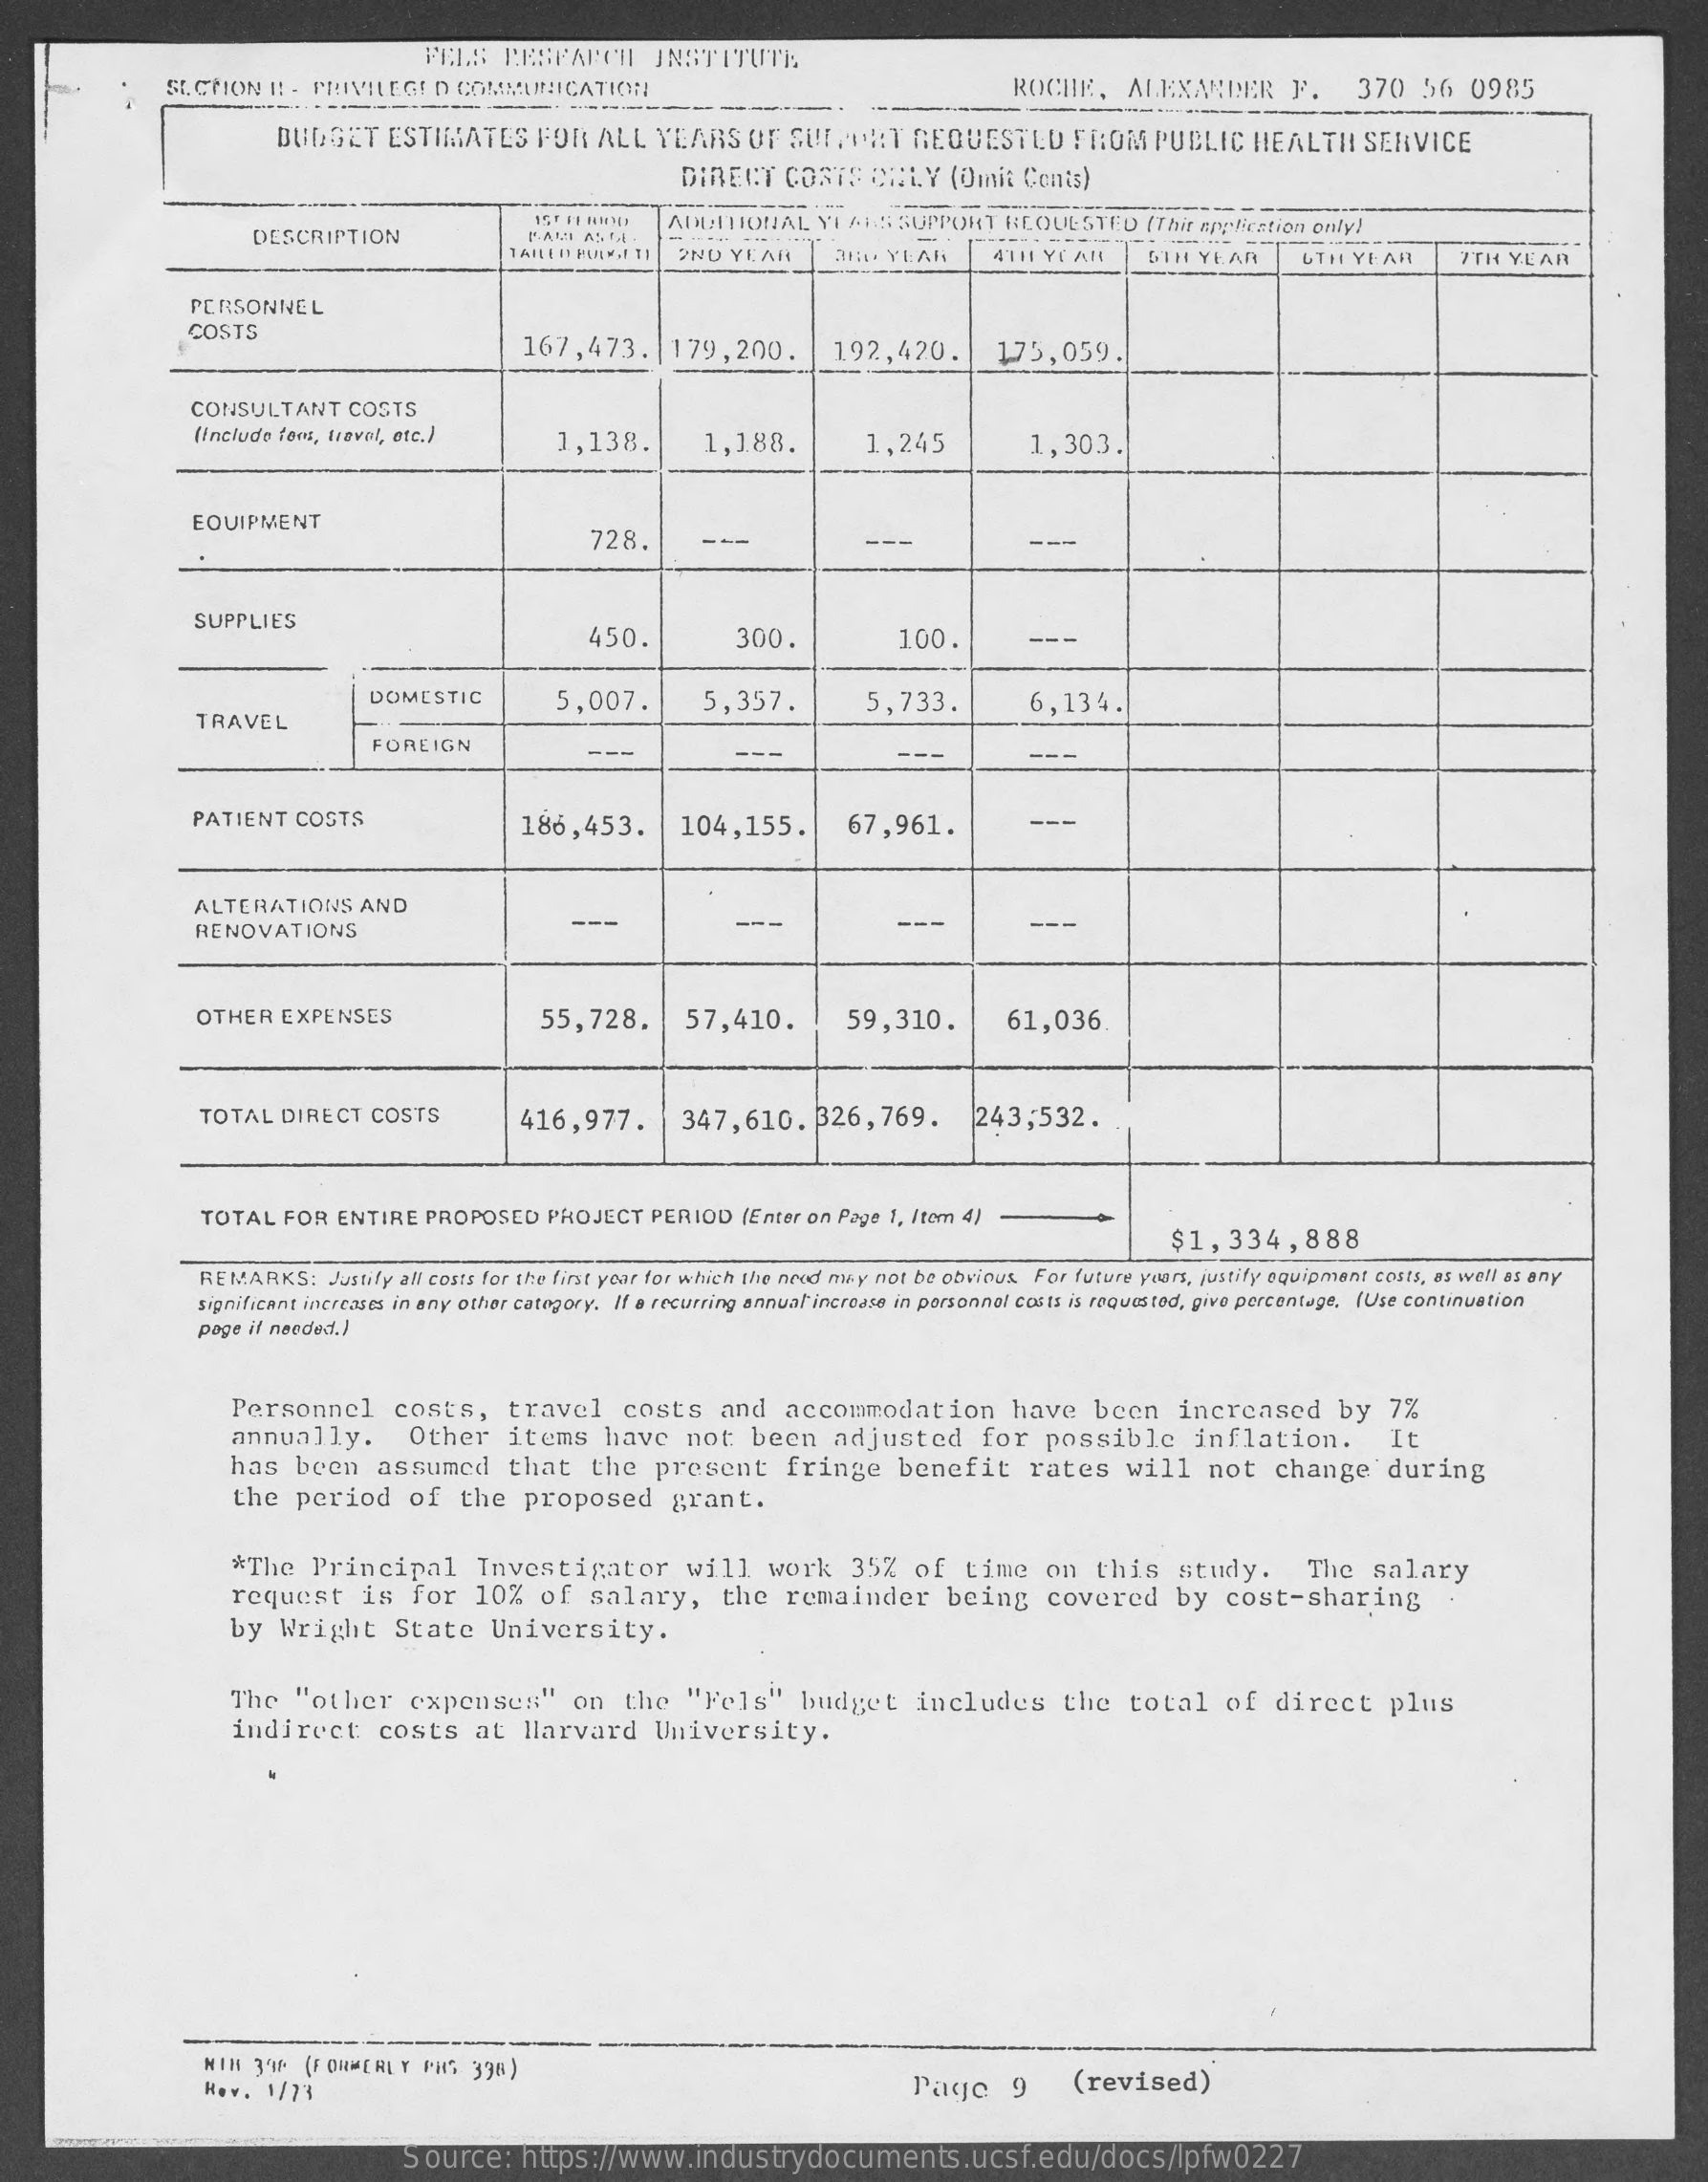
FELS   RESEARCH    INSTITUTE
     SI. CHON H! - PRIVILEGED  COMMUNICATION!    ROCHE,    ALEXANDER    F.    370   56  0985
     BUDGET    ESTIMATES    FOR   ALL  YEARS    OF SUL   TAT   REQUESTED    FROM   PUBLIC    HEALTH    SERVICE
     DIRECT   COSTS   ONLY   (Omit  Cents)
     DESCRIPTION
     ADDITIONAL    YEARS   SUPPORT   REQUESTED    (Thir application only!
     2ND YEAR    REP  YEAR    4TH YEAR    STH  YEAR    UTH YEAR    ITH YEAR
     PERSONNEL
     COSTS
     167,473.    179,200.    192,420.    175,059.
     CONSULTANT    COSTS
     (Include tons, trovol, etc.)    1,138.    1,188.    1,245    1,303.
     EQUIPMENT
     728.    ---
     SUPPLIES
     450    300.    100.    ---
     DOMESTIC    5,007.    5,357.
     TRAVEL
     5,733.    6,134.
     FOREIGN    ---    ---    ---    ---
     PATIENT  COSTS    186,453.    104,155.    67,961.    ---
     ALTERATIONS    AND
     RENOVATIONS    ---    ---    ---
     OTHER  EXPENSES    55,728.    57,410.    59,310.    61,036
     TOTAL  DIRECT   COSTS    416,977.    347,610.    326,769.    243,532.
     TOTAL  FOR  ENTIRE  PROPOSED    PROJECT   PERIOD  (Enter on Page 1, Item 4)
     $1,334,888
     REMARKS:    Justify all costs for the first year for which the need may not be obvious. For future years, justify equipment costs, as well as any
     significant increases in any other category. If a recurring annual increase in porsonnol costs is requested, give percentage, (Use continuation
     page if needed.1
     Personnel    costs,    travel    costs    and   accommodation    have    been    increased    by   7%
     annually.    Other    items    have    not   been    adjusted    for   possible    inflation.    It
     has  been    assumed    that    the   present    fringe    benefit    rates    will   not    change    during
     the  period    of   the   proposed    grant.
     *The   Principal    Investigator    will   work    35%   of   time   on   this    study.    The   salary
     request    is  for   10%   of   salary,    the   remainder    being    covered    by  cost-sharing
     by  Wright    State   University.
     The  "other    expenses"    on   the   "Fels"    budget    includes    the   total    of   direct    plus
     indirect    costs    at   Harvard    University.
     NII  3'% (FORMERLY  PHS  398)
     Hov.  1/73    Page    9    (revised)
     Source:    https://www.industrydocuments.ucsf.edu/docs/lpfw0227